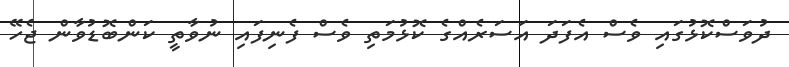
ދުވަސްކޮޅުގައި ވެސް އެފަދަ އަސަރެއްގެ ކޮޅުމަތި ވެސް ފެނިފައި ނުވާތީ ކަންބޮޑުވާން ޖެހޭ